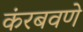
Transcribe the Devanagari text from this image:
कंरबवणे